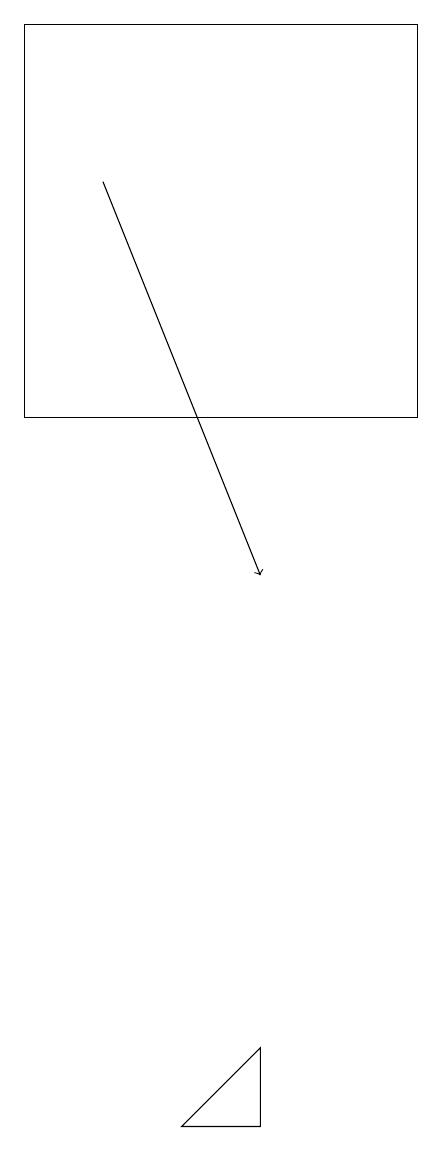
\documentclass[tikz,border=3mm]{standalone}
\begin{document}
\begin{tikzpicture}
\draw (4,6) -- (3,5) -- (4,5) -- cycle;
\draw (6,19) rectangle (1,14);
\draw[->] (2,17) -- (4,12);
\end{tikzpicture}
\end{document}